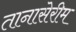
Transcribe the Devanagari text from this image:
तानासेरीम